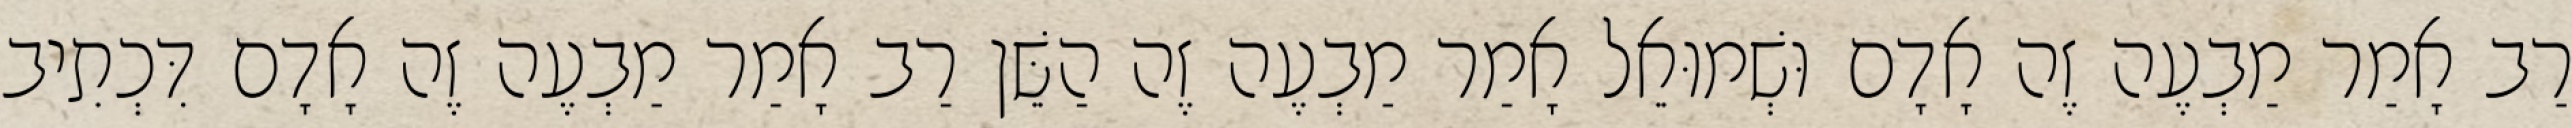
רַב אָמַר מַבְעֶה זֶה אָדָם וּשְׁמוּאֵל אָמַר מַבְעֶה זֶה הַשֵּׁן רַב אָמַר מַבְעֶה זֶה אָדָם דִּכְתִיב